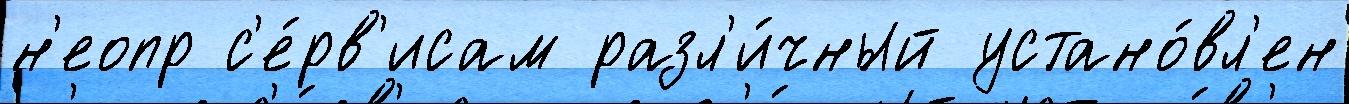
н'еопр с'е́рв'исам разл'и́чный устано́вл'ен